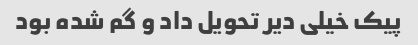
پیک خیلی دیر تحویل داد و گم شده بود